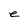
Character: e